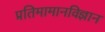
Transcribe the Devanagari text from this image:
प्रतिमामानविज्ञान